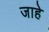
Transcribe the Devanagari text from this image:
जाहे